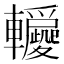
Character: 𨏵